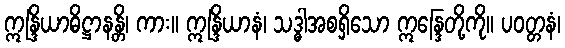
ဣန္ဒြိယာဓိဋ္ဌာနန္တိ၊ ကား။ ဣန္ဒြိယာနံ၊ သဒ္ဓါအစရှိသော ဣန္ဒြေတို့ကို။ ပဝတ္တနံ၊